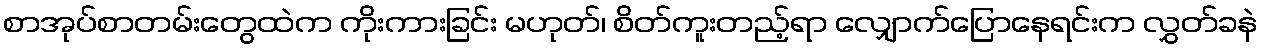
စာအုပ်စာတမ်းတွေထဲက ကိုးကားခြင်း မဟုတ်၊ စိတ်ကူးတည့်ရာ လျှောက်ပြောနေရင်းက လွှတ်ခနဲ